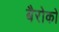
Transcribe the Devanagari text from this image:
बैरोको